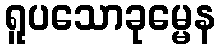
ရူပသောခုမ္မေန